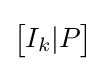
{\begin{bmatrix}I_{k}|P\end{bmatrix}}